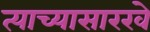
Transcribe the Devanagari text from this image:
त्याच्यासारखे